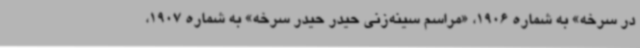
در سرخه» به شماره 1906، «مراسم سینه‌زنی حیدر حیدر سرخه» به شماره 1907،